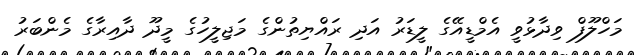
މަހްލޫފް ވިދާޅުވީ އެމްޑީއޭގެ ލީޑަރު އަދި ރައްޔިތުންގެ މަޖިލީހުގެ މީދޫ ދާއިރާގެ މެންބަރު